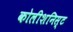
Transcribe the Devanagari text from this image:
कोलीशनिस्ट